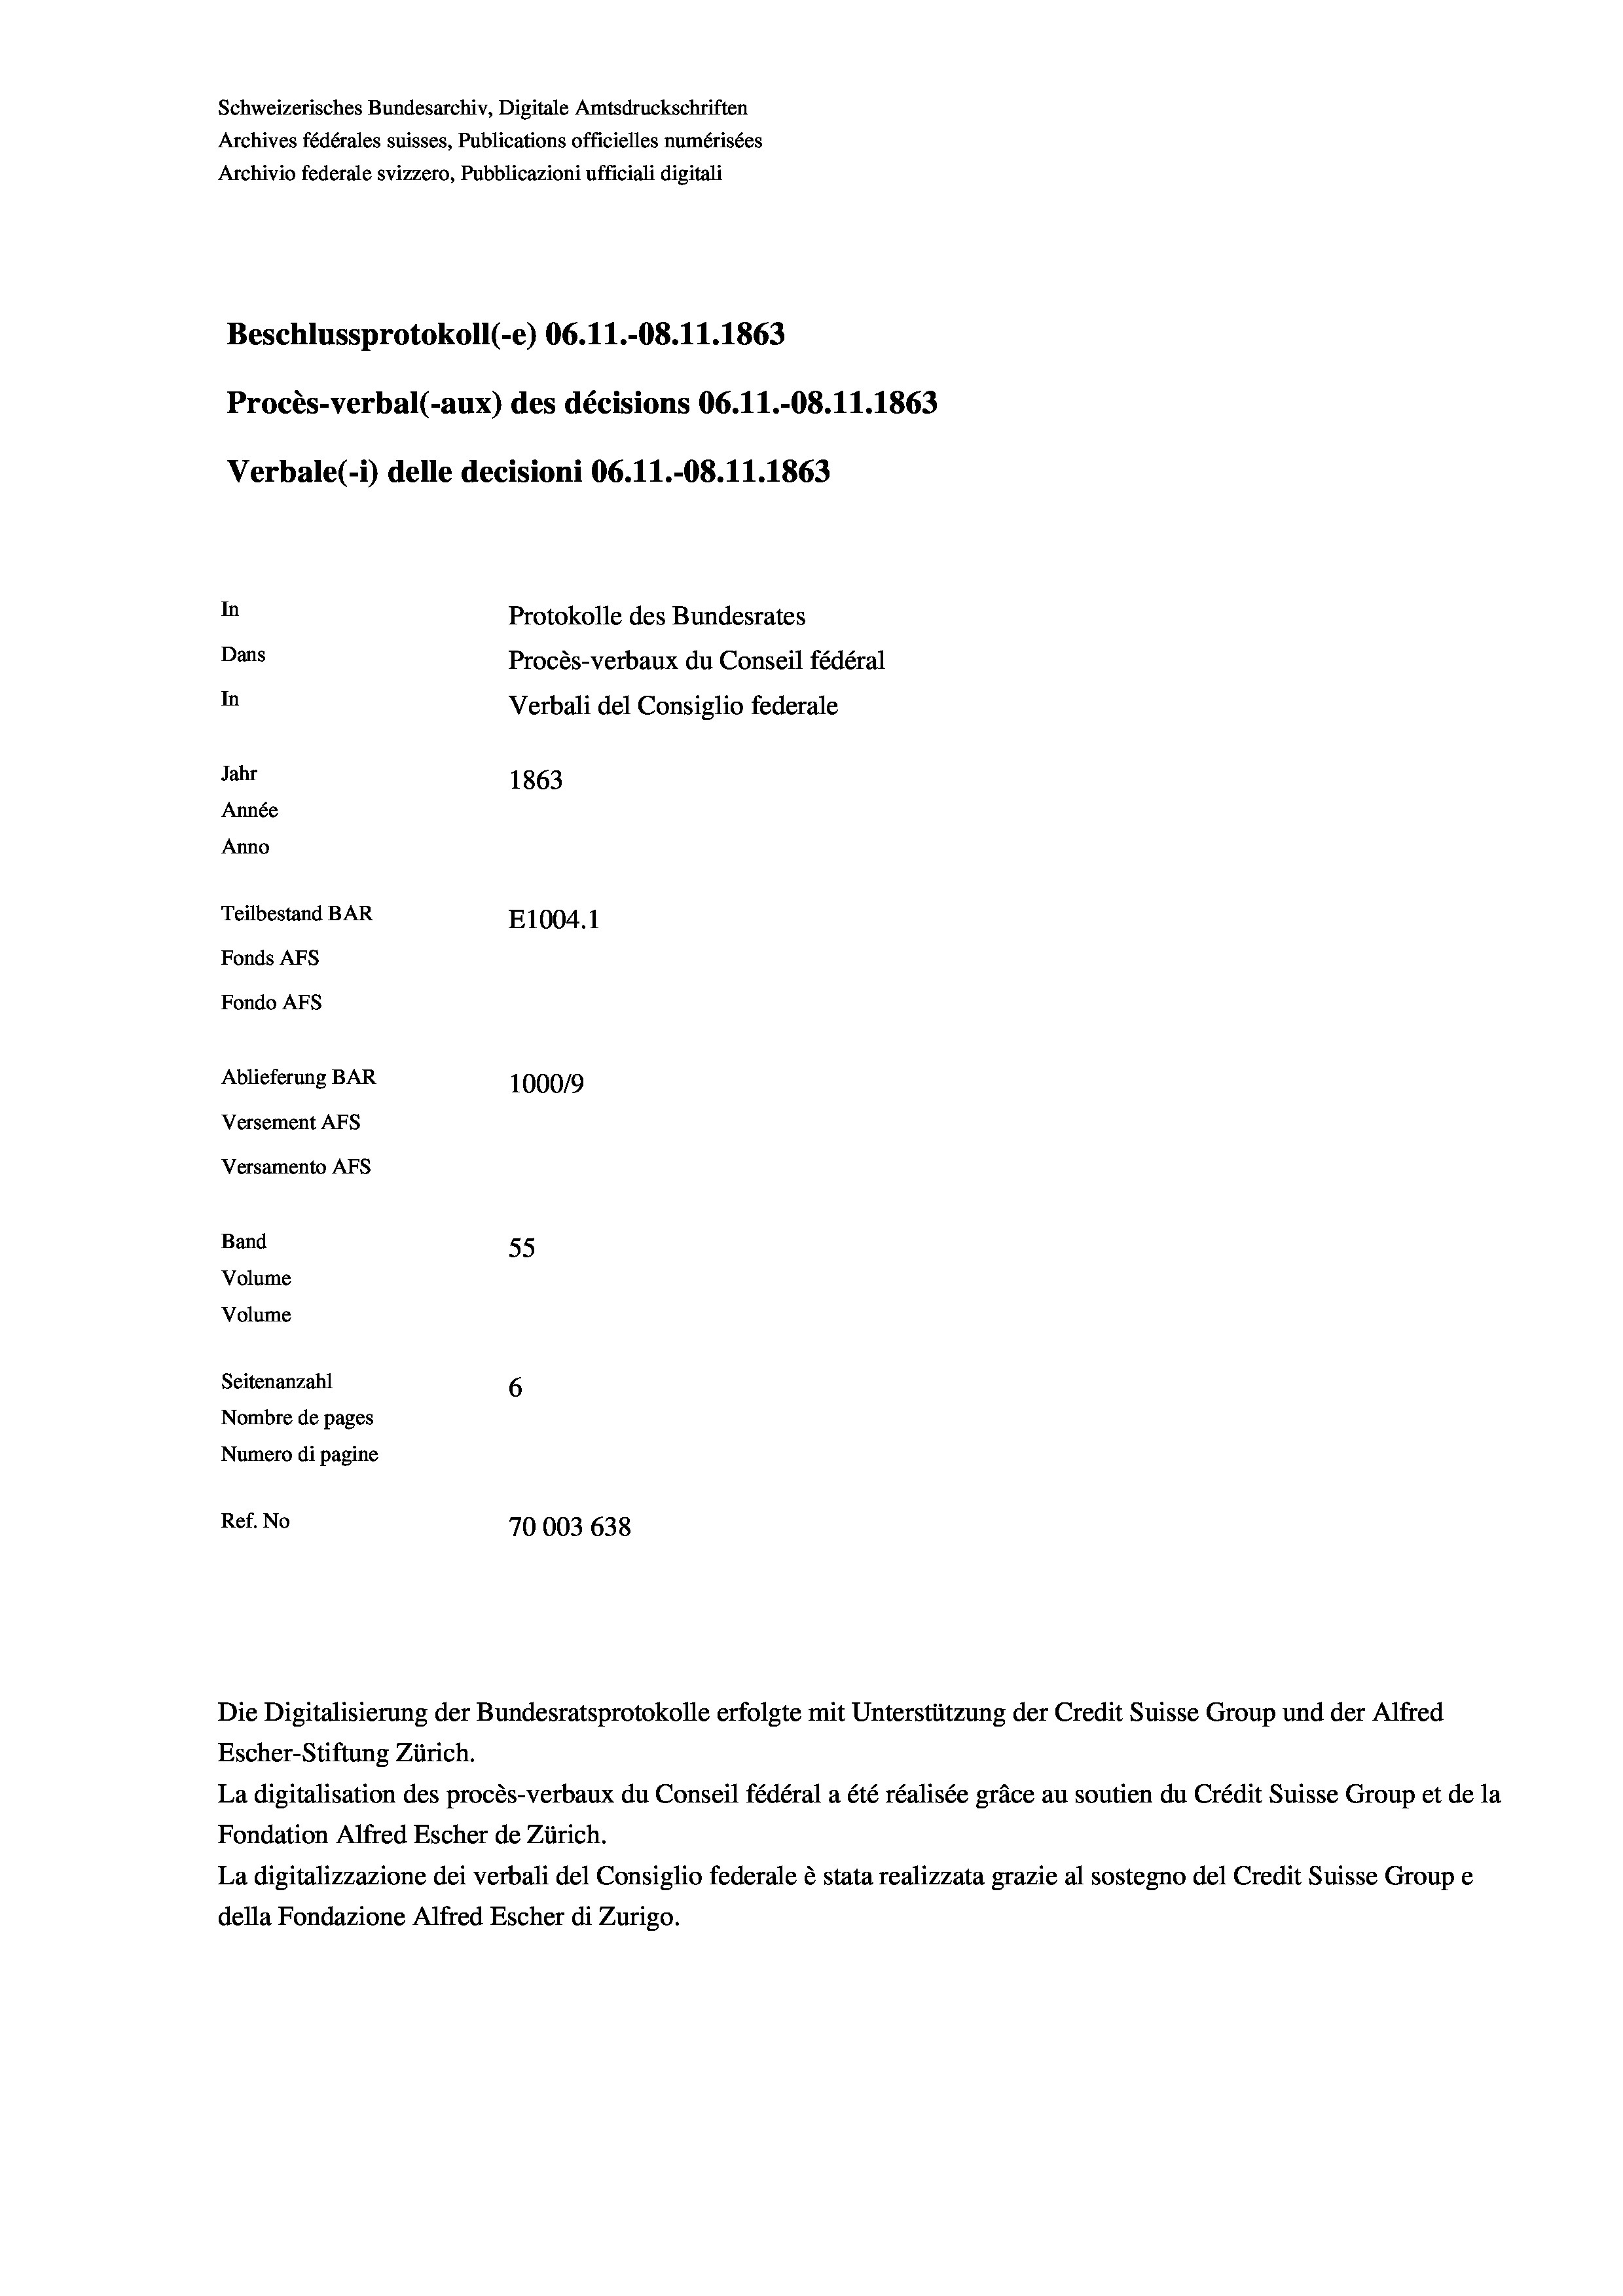
Schweizerisches Bundesarchiv, Digitale Amtsdruckschriften
Archives fédérales suisses, Publications officielles numérisées
Archivio federale svizzero, Pubblicazioni ufficiali digitali
Beschlussprotokoll (-e) 06. 11.-08. 11. 1863
Procès-verbal (-aux) des décisions 06. 11.-O8.11.1863
Verbale (- 1) delle decisioni 06. 11.-08. 11. 1863
In
Protokolle des Bundesrates
Dans
Procès-verbaux du Conseil fédéral
In
Verbali del Consiglio federale
Jahr
1863
Année
Anno
Teilbestand BAR
E1004.1
Fonds AFs
Fondo AFS
Ablieferung BAR
100019
Versement As
Versamento AFs
Band
55
Volume
Volume

Seitenanzahl
6
Nombre de pages
Numero di pagine
Ref. No
70003 638

La digitalisation des procès-verbaux du Conseil fédéral a été réalisée gräce au soutien du Crédit Suisse Group et de la
Fondation Alfred Escher de Zürich.
La digitalizzazione dei verbali del Consiglio federale è stata realizzata grazie al sostegno del Credit Suisse Groupe
della Fondazione Alfred Escher di Zurigo.

Die Digitalisierung der Bundesratsprotokolle erfolgte mit Unterstützung der Credit Suisse Group und der Alfred
Escher-Stiftung Zürich.